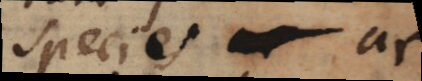
species ac